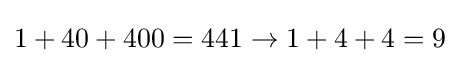
1+40+400=441\rightarrow 1+4+4=9